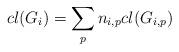
LaTeX: \begin{align*} cl(G_i) = \sum_p n_{i,p} cl(G_{i,p})\end{align*}